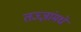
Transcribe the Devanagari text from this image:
तज्ज्ञांमधे